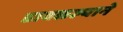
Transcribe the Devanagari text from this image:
डावळल्याने